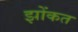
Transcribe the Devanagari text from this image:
झोंकत